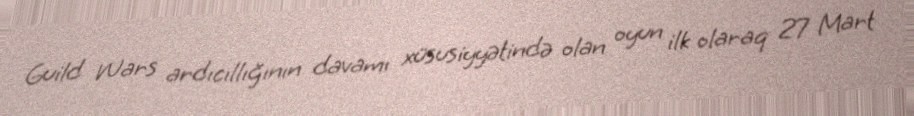
Guild Wars ardıcıllığının davamı xüsusiyyətində olan oyun ilk olaraq 27 Mart